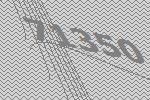
71350